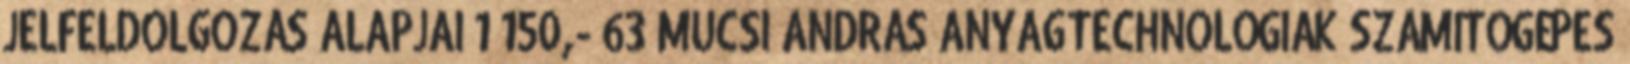
JELFELDOLGOZÁS ALAPJAI 1 150,- 63 MUCSI ANDRÁS ANYAGTECHNOLÓGIÁK SZÁMÍTÓGÉPES